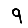
Digit: 9